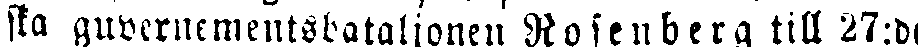
sta guvernementsbataljonen Rosenberg till 27: d